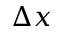
\Delta x